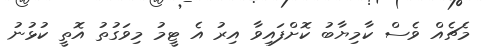
މެޗެއް ވެސް ކާމިޔާބު ކޮށްފައިވާ އިރު އެ ޓީމު މިވަގުތު އޮތީ ކުޅުނު